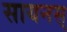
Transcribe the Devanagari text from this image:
सायनस्